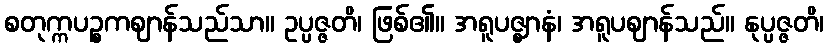
စတုက္ကပဉ္စကဈာန်သည်သာ။ ဥပ္ပဇ္ဇတိ၊ ဖြစ်၏။ အရူပဇ္ဈာနံ၊ အရူပဈာန်သည်။ နုပ္ပဇ္ဇတိ၊